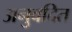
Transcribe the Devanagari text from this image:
अनुवदित